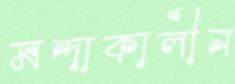
মন্দাকালীন